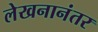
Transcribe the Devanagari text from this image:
लेखनानंतर